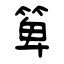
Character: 箄